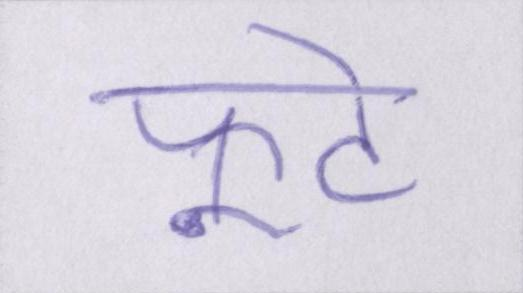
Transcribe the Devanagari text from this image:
फूटे